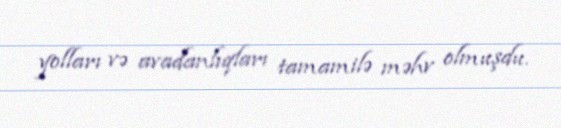
yolları və avadanlıqları tamamilə məhv olmuşdu.